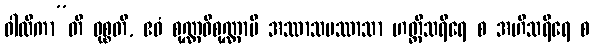
ဝါလိကာ”တိ ဝုစ္စတိ, ဧဝံ စုဏ္ဏဝိစုဏ္ဏာပိ အဿာသပဿာသာ ဟတ္ထိသရီရေ စ အဟိသရီရေ စ